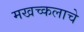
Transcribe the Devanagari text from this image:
मखच्कलाचे